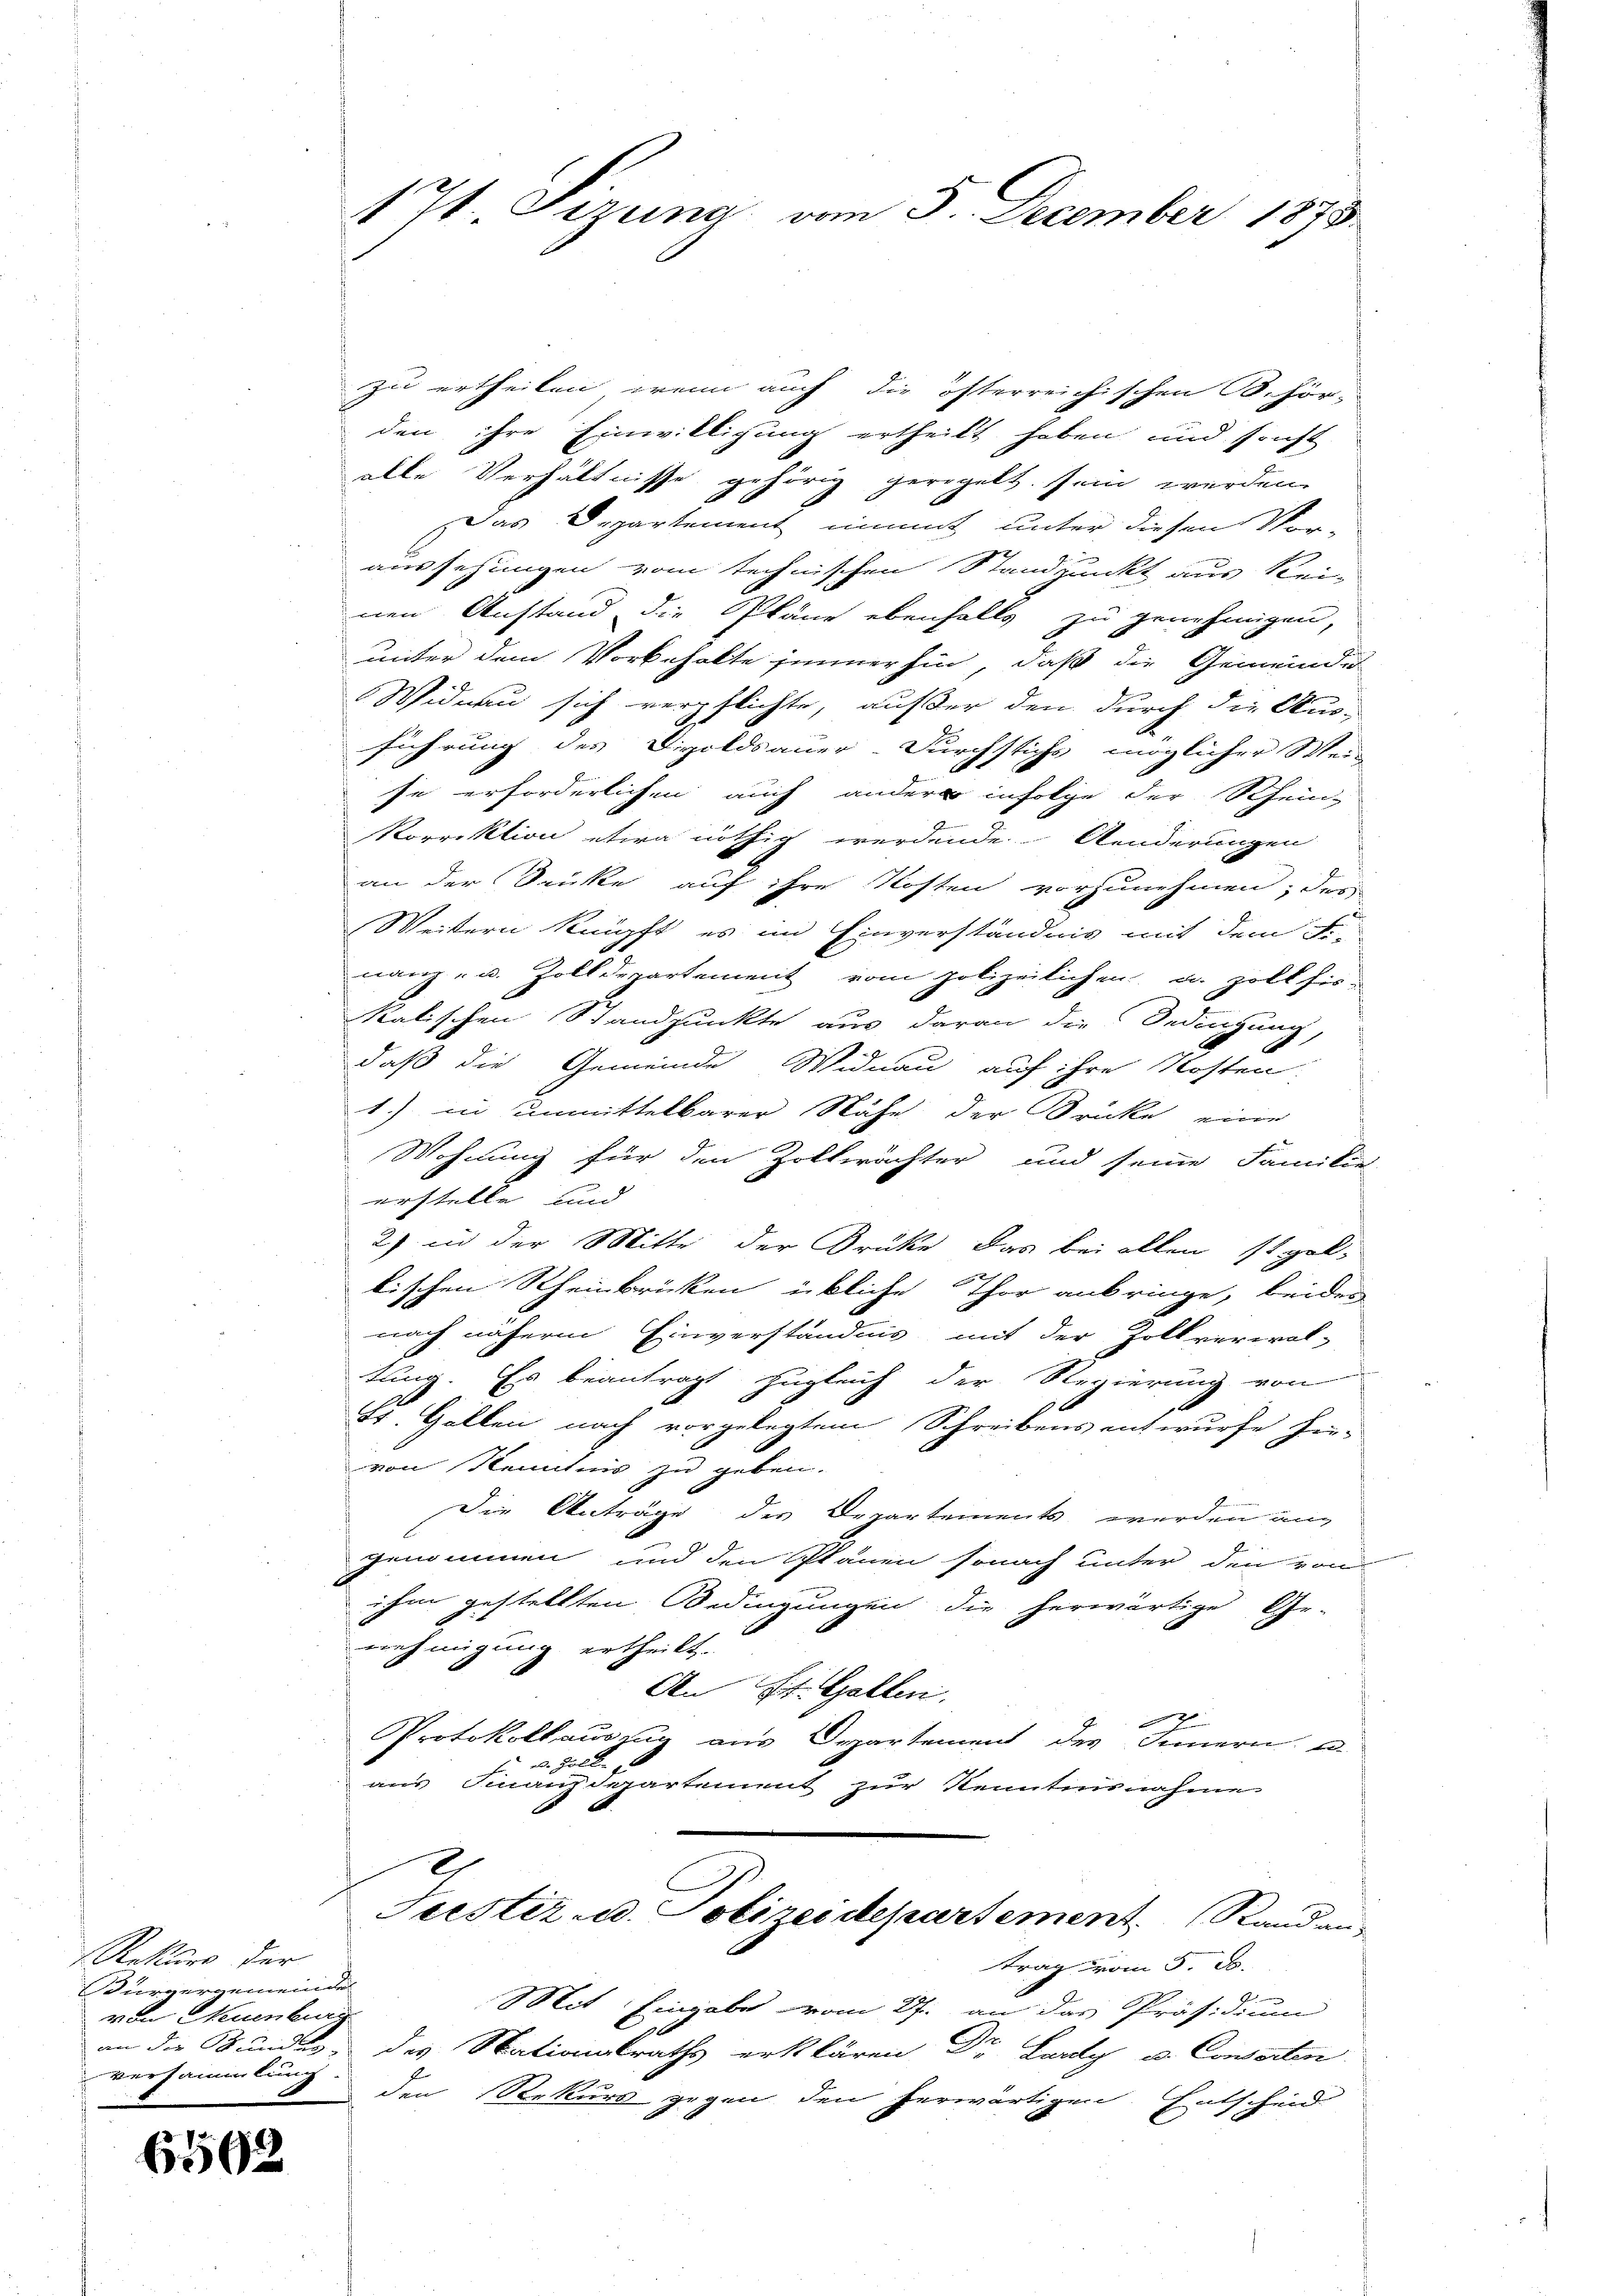
Rekurs der
Bürgergemeinde
von Neuenburg
versammlung.

6592

zu ertheilen, wenn auch die österreichischen B. hör-
den ihre Einwilligung ertheilt haben und sonst
alle Verhältnisse gehörig geregelt sein werden
Das Departement nimmt unter diesen Vor-
aussehungen vom technischen Standpunkt aus kei-
nen Anstand die Pläne ebenfalls zu genehmigen,
unter dem Vorbehalte immerhin, daß die Gemeinde
1
Widau sich verpflichte, außer den durch die Aus-
führung des Digoldsauer-Durchstichs möglicher Wei-
se erforderlichen auch andere infolge der Rhein-
Korrektion etwa nöthig werdende Aenderungen
an der Secke auf ihre Kosten vorzunehmen; des
Weitern knüpft, es im Einverständnis mit dem Fr.
nanz- u. Zolldepartement vom polizeilichen u. Zoll hiekalischen Standpunkte aus daran die Bedingung,
daß die Gemeinde Widnau auf ihre Kosten.
1.) in unmittelbarer Nähe der Brücke eine
Wohnung für den Zolkwächter und seine Familie
erstelle und
2) in der Mitte der Brüke das bei allen steltischen Rheinbrücken übliche Thor anbringe, beider
nach nähere Einverständnis mit der Zollverwal-
tung. Es beantragt zugleich der Regierung von
St. Gallen nach vorgelegtem Schreibens entwurfe hin-
von Kenntnis zu geben.
Die Anträge des Departements werden un
genommen und den Planen sonach unter den von
ihm gestellten Bedingungen die herwärtige Ge-
wehmigung ertheilt.
An St. Gallen.
x
Protokollauszug aus Departement des Innern u.
. Zolle ge
aus Finanzdepartement zur Kenntnisnahme
Trestiz- u. Polizeidepartement Rand an-
trag vom 5. B.
d
Mit Eingabe vom 27. an das Präsidium
an die Kundig des Nationalraths erklären Dr. Lardy u. Coweiten
den Rekurs gegen den herwärtigen Entscheid

17. Sizung vom 3. December 1878